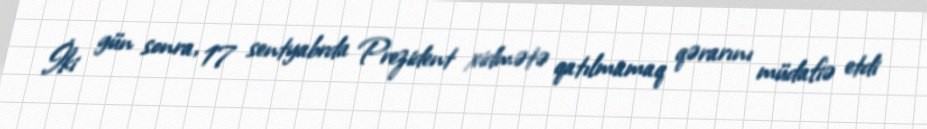
İki gün sonra, 17 sentyabrda Prezident xidmətə qatılmamaq qərarını müdafiə etdi